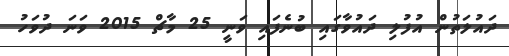
ދައުލަތުން އުފުލި ދައުވާގައި ބުނެފައި ވަނީ 25 މާޗް 2015 ވަނަ ދުވަހު